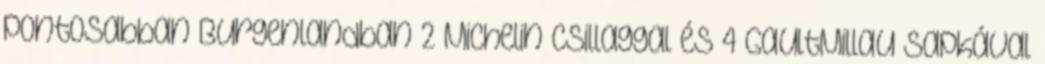
pontosabban Burgenlandban 2 Michelin csillaggal és 4 GaultMillau sapkával